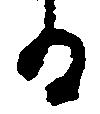
る